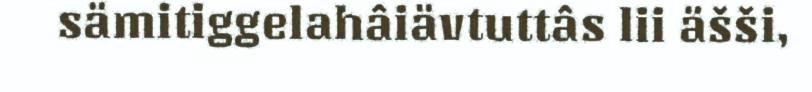
sämitiggelahâiävtuttâs lii äšši,